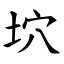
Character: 坹